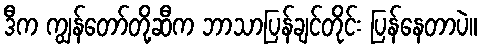
ဒီက ကျွန်တော်တို့ဆီက ဘာသာပြန်ချင်တိုင်း ပြန်နေတာပဲ။